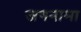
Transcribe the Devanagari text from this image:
जगनामा